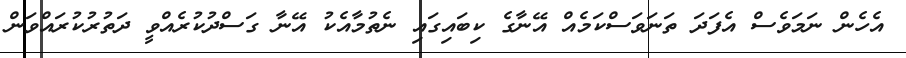
އެހެން ނަމަވެސް އެފަދަ ތަނަވަސްކަމެއް އޭނާގެ ކިބައިގައި ނެތުމާއެކު އޭނާ ގަސްދުކުރެއްވީ ދަތުރުކުރައްވަން